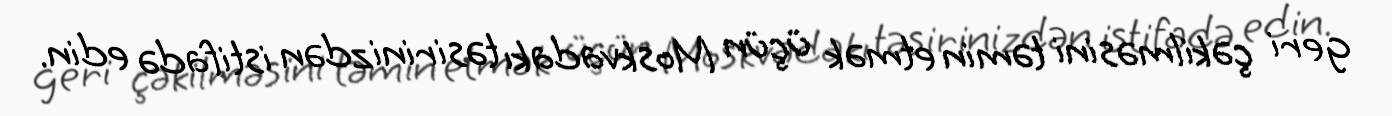
geri çəkilməsini təmin etmək üçün Moskvadakı təsirinizdən istifadə edin.